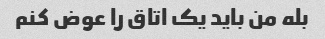
بله من باید یک اتاق را عوض کنم